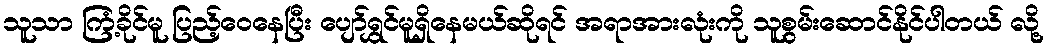
သူသာ ကြံ့ခိုင်မူ ပြည့်ဝေနေပြီး ပျော်ရွှင်မူရှိနေမယ်ဆိုရင် အရာအားလုံးကို သူစွမ်းဆောင်နိုင်ပါတယ် လို့